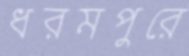
ধরমপুরে